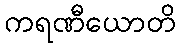
ကရဏီယောတိ